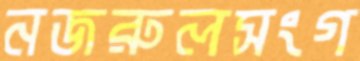
নজরুলসংগ